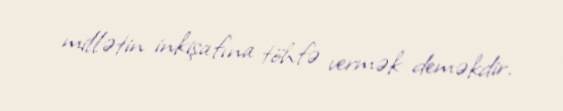
millətin inkişafına töhfə vermək deməkdir.